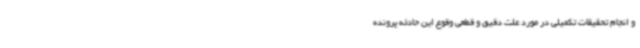
و انجام تحقیقات تکمیلی در مورد علت دقیق و قطعی وقوع این حادثه پرونده